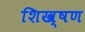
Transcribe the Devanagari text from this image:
शिख्षण